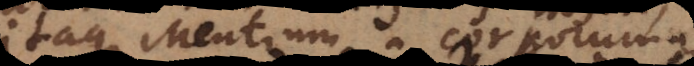
itaque Mentium corporumque